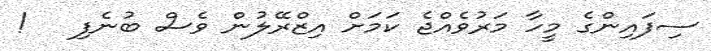
ސިފައިންގެ މީހާ މަރުވެއްޖެ ކަމަށް އިޒްރޭލުން ވެސް ބުނެފި   !